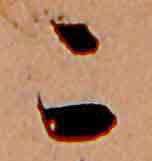
こ